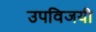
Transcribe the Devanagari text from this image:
उपविजयी